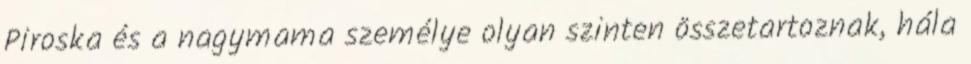
Piroska és a nagymama személye olyan szinten összetartoznak, hála